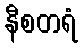
နီစတရံ